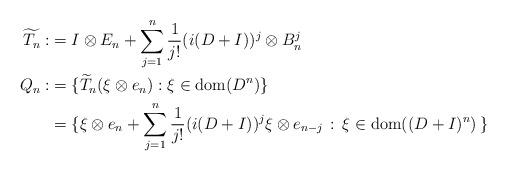
LaTeX: \begin{align*} \widetilde{T_n} :&= I\otimes E_n + \sum_{j=1}^n \frac{1}{j!}(i(D+I))^j \otimes B_n^j\\ Q_n :&= \{\widetilde{T}_n (\xi \otimes e_n) : \xi \in \mathrm{dom}(D^n) \} \\ &=\{\xi \otimes e_n + \sum_{j=1}^n \frac{1}{j!} (i(D+I))^j \xi \otimes e_{n-j}\, : \, \xi \in \mathrm{dom}((D+I)^n) \,\} \end{align*}